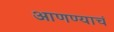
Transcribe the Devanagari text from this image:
आणण्याचं